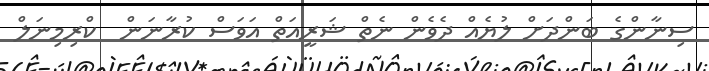
ސިނާންގެ ބަންދަށް ލުޔެއް ދެވެން ނެތް ޝަރީއަތް އަވަސް ކުރާނަން  ކްރިމިނަލް